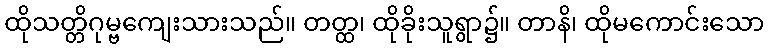
ထိုသတ္တိဂုမ္ဗကျေးသားသည်။ တတ္ထ၊ ထိုခိုးသူရွာ၌။ တာနိ၊ ထိုမကောင်းသော